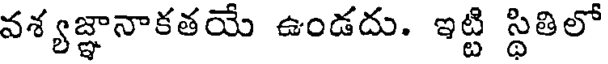
వశ్యజ్ఞానాకతయే ఉండదు. ఇట్టి స్థితిలో